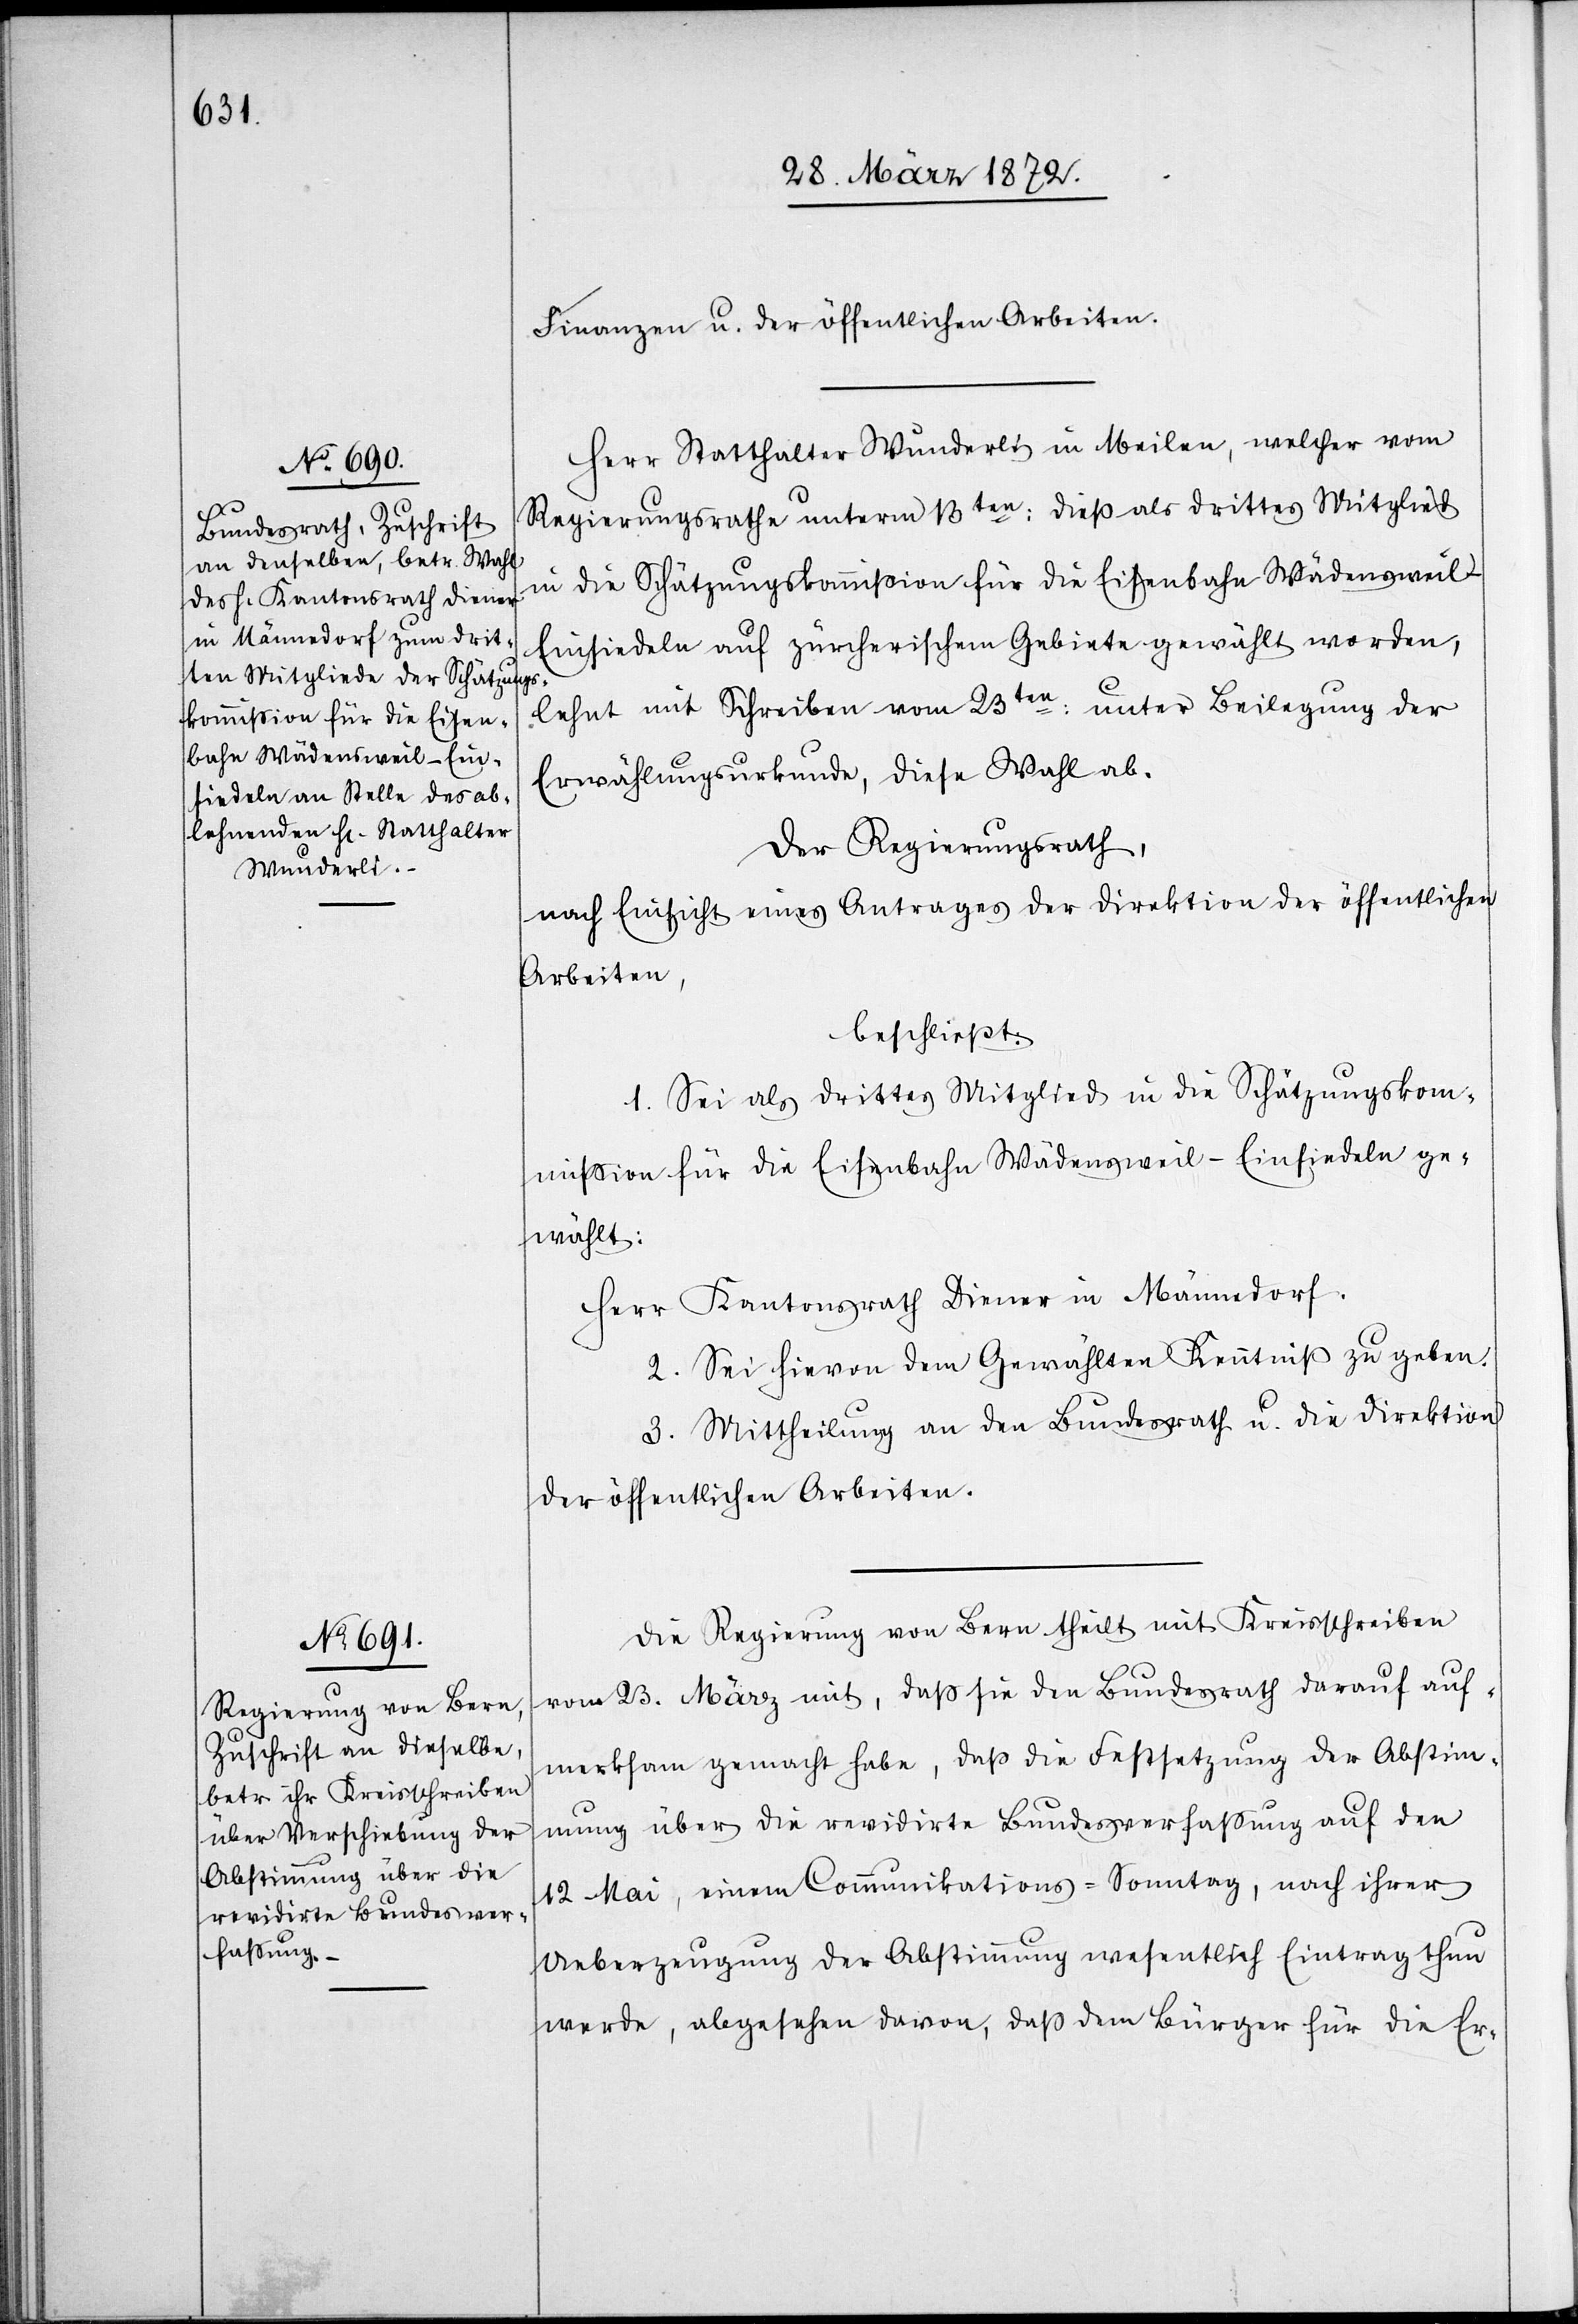
Herr Statthalter Wunderli in Meilen, welcher vom
Regierungsrathe unterm 13ten: dieß als drittes Mitglied
in die Schätzungskommission für die Eisenbahn Wädensweil–E¬
insiedeln auf zürcherischem Gebiete gewählt worden,
lehnt mit Schreiben vom 23ten: unter Beilegung der
Erwählungsurkunde, diese Wahl ab.
Der Regierungsrath,
nach Einsicht eines Antrages der Direktion der öffentlichen
Arbeiten,
beschließt:
1. Sei als drittes Mitglied in die Schätzungskom¬
mission für die Eisenbahn Wädensweil–Einsiedeln ge¬
wählt:
Herr Kantonsrath Diener in Männedorf.
2. Sei hievon dem Gewählten Kenntniß zu geben.
3. Mittheilung an den Bundesrath u. die Direktion
der öffentlichen Arbeiten.
Die Regierung von Bern theilt mit Kreisschreiben
vom 23. März mit, daß sie den Bundesrath darauf auf¬
merksam gemacht habe, daß die Festsetzung der Abstim¬
mung über die revidirte Bundesverfassung auf den
12 Mai, einem Communikations-Sonntag, nach ihrer
Ueberzeugung der Abstimmung wesentlich Eintrag thun
werde, abgesehen davon, daß dem Bürger für die Er-